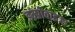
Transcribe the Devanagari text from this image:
इम्प्रोवाइज्ड